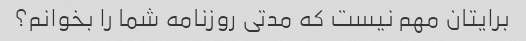
برایتان مهم نیست که مدتی روزنامه شما را بخوانم؟